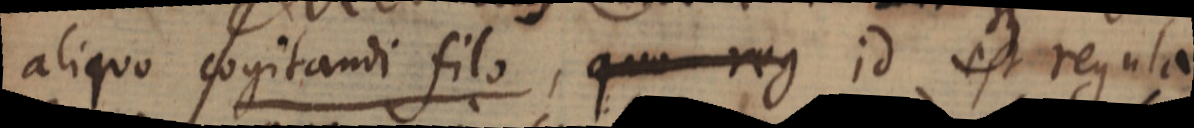
aliquo cogitandi filo, quo reg id est regula